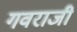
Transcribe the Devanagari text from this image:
गवराजी